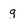
Character: g